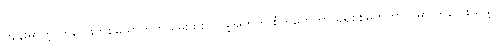
ကျန်းမာတဲ့ ကလေးတစ်ယောက်ကို မွေးဖွားလာဖို့အတွက် စုံတွဲတွေဟာ ခရစ်စမတ်ကာလမှာ ကလေးယူဖို့